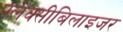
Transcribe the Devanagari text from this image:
फ्लेक्सीबिलाइजर